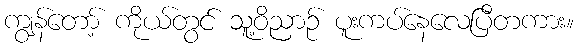
ကျွန်တော့် ကိုယ်တွင် သူ့ဝိညာဉ် ပူးကပ်နေလေပြီတကား။